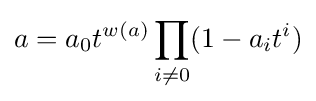
a=a_{0}t^{w(a)}\prod _{i\neq 0}(1-a_{i}t^{i})